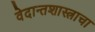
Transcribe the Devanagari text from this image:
वेदान्तशास्त्राचा